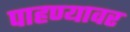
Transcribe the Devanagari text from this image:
पाहण्यावर